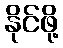
နိုင်ဖို့